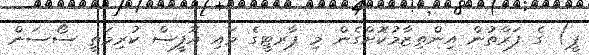
ޕީ) ގެ ފަރާތުން އިންތިޒާމުކޮށްގެން މި ޕާރޓީގެ މައި އޮފީސް ކުރިމަތީ ސޯސަން